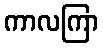
ကာလကြာ